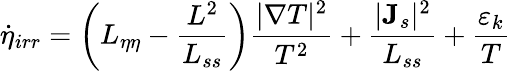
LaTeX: \dot{\eta}_{irr}=\left(L_{\eta\eta}-\frac{L^{2}}{L_{ss}}\right)\frac{|\nabla T|^{2}}{T^{2}}+\frac{|{\mathbf J}_{s}|^{2}}{L_{ss}}+\frac{\varepsilon_{k}}{T}